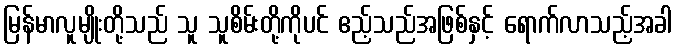
မြန်မာလူမျိုးတို့သည် သူ သူစိမ်းတို့ကိုပင် ဧည့်သည်အဖြစ်နှင့် ရောက်လာသည့်အခါ